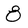
Character: 8